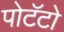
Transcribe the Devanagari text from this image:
पोटॅटो